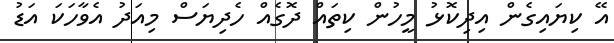
އޭ ކިޔައިގެން އިދިކޮޅު މީހުން ކިތައް ދޮގެއް ހެދިޔަސް މިއަދު އެވާހަކަ އަޑު